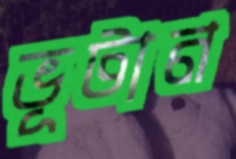
ভূটান